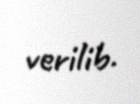
verilib.